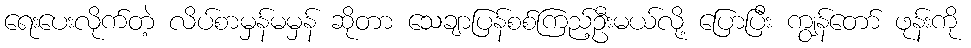
ရေးပေးလိုက်တဲ့ လိပ်စာမှန်မမှန် ဆိုတာ သေချာပြန်စစ်ကြည့်ဦးမယ်လို့ ပြောပြီး ကျွန်တော် ဖုန်းကို